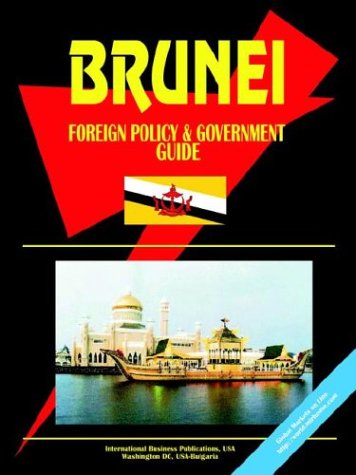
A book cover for Brunei Foreign Policy And Government Guide; Ibp Usa; Travel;